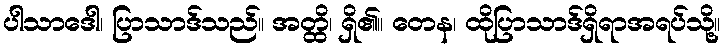
ပါသာဒေါ၊ ပြာသာဒ်သည်။ အတ္ထိ၊ ရှိ၏။ တေန၊ ထိုပြာသာဒ်ရှိရာအရပ်သို့။